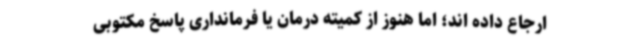
ارجاع داده اند؛ اما هنوز از کمیته درمان یا فرمانداری پاسخ مکتوبی